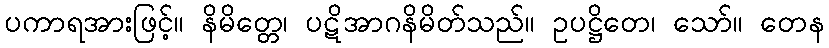
ပကာရအားဖြင့်။ နိမိတ္တေ၊ ပဋိအာဂနိမိတ်သည်။ ဥပဋ္ဌိတေ၊ သော်။ တေန